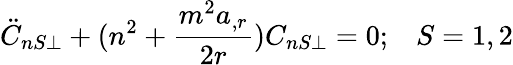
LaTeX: \ddot{C}_{nS\perp}+(n^{2}+\frac{m^{2}a_{,r}}{2r})C_{nS\perp}=0;\; \; \; S=1,2